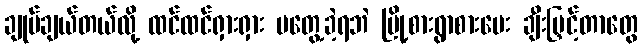
ချုပ်ချယ်တယ်လို့ ထင်ထင်ရှားရှား မတွေ့ခဲ့ရဘဲ မြို့စားရွာစားပေး ချီးမြှင့်တာတွေ